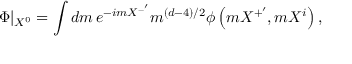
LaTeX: \Phi | _ { X ^ { 0 } } = \int d m \, e ^ { - i m X ^ { - ^ { \prime } } } m ^ { \left( d - 4 \right) / 2 } \phi \left( m X ^ { + ^ { \prime } } , m X ^ { i } \right) ,